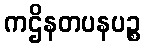
ကဌိနတပနပဉ္စ